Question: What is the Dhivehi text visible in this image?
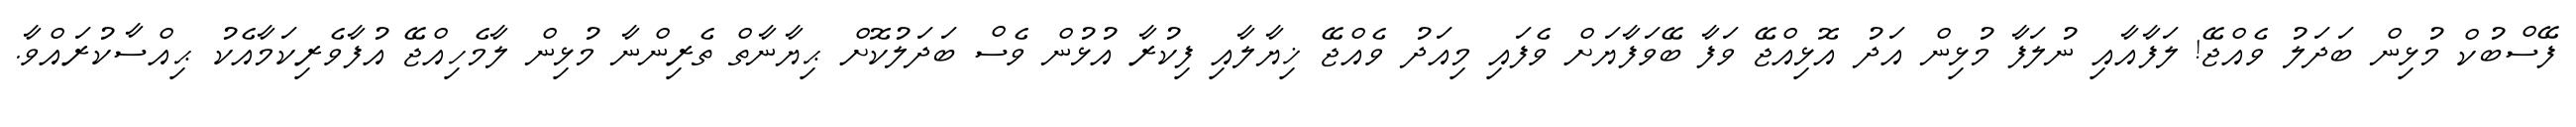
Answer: ފޭސްބުކް މުޅިން ބަދަލު ވެއްޖޭ! ލަފާއާއި ނުލަފާ މުޅިން އަދު އޮޅިއްޖޭ ވަފާ ބޭވަފާޔަށް ވެފައި މިއަދު ވެއްޖޭ ޚިޔާލާއި ފިކުރާ އުޅުން ވެސް ބަދަލުކޮށް ޙިޔާނާތް ތެރިންނާ މުޅިން ލާމެހިއްޖޭ އުފާވެރިކަމާއެކު ޙިއްސާކުރައްވާ.